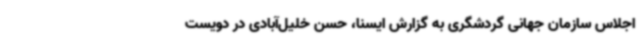
اجلاس سازمان جهانی گردشگری به گزارش ایسنا، حسن خلیل‌آبادی در دویست